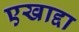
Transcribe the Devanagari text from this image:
एखाद्दा